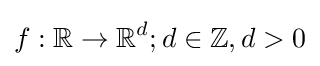
f:\mathbb {R} \to \mathbb {R} ^{d};d\in \mathbb {Z} ,d>0